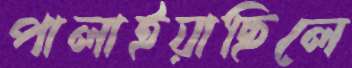
পালাইয়াছিলে